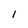
Character: l